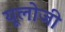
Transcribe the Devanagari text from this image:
यूलोजी